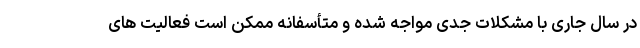
در سال‌ جاری با مشکلات جدی مواجه شده و متأسفانه ممکن است فعالیت های